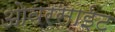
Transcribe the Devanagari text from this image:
ओवरसाईट